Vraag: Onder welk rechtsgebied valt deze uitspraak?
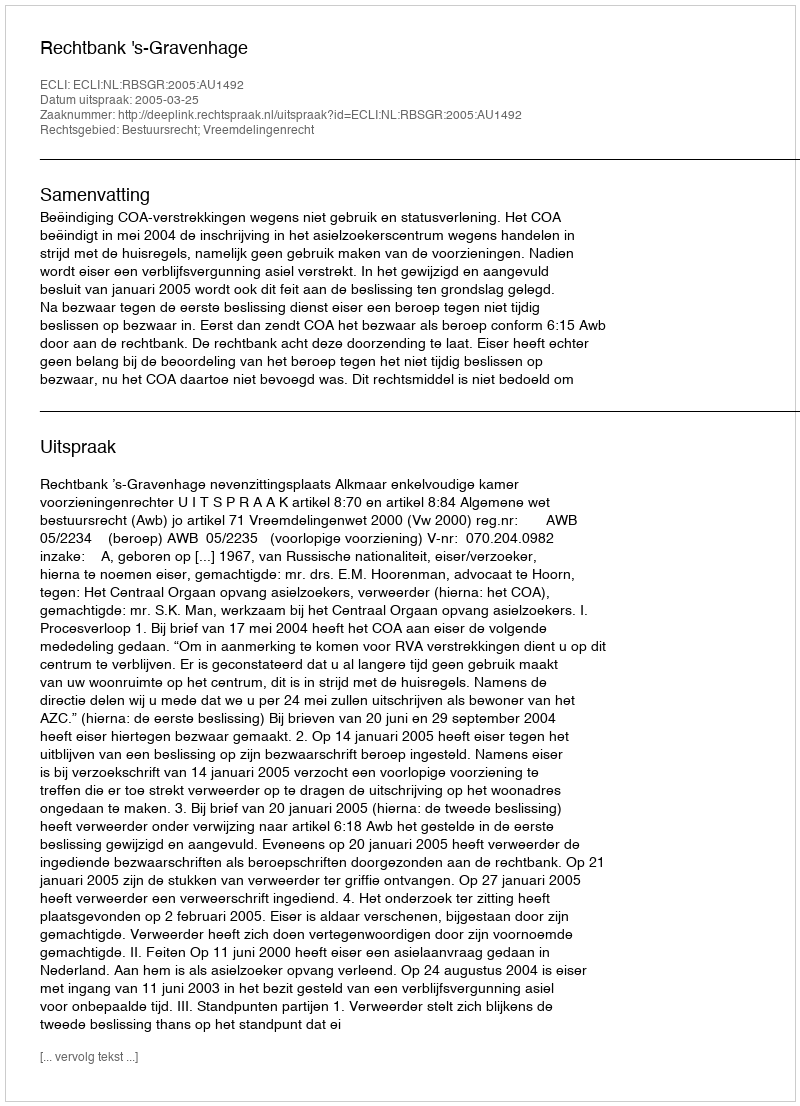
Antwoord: Bestuursrecht; Vreemdelingenrecht